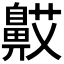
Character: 𬹯